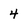
Character: 4